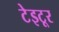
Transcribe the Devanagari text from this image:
टेइटूर